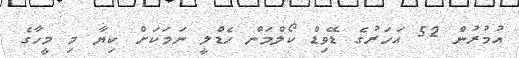
އުމުރުން 52 އަހަރުގެ ޑޭވިޑް ކޯލްމަން ހެޑްލީ ނަމަކަށް ކިޔާ މި މީހާގެ